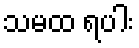
သမထ ရပါး